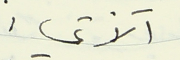
الآتي :